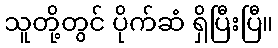
သူတို့တွင် ပိုက်ဆံ ရှိပြီးပြီ။